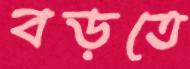
বড়তে